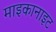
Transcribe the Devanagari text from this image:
माइकानाइट